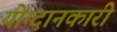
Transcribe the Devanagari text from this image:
योग्दानकारी